Leaving Certificate Examination, 1904
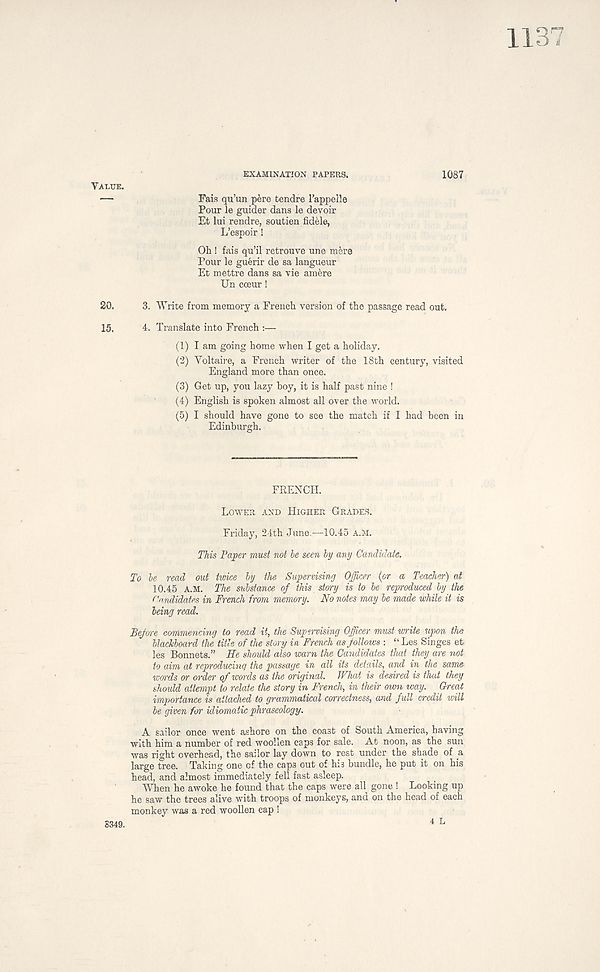
1137
EXAMINATION PAPERS.
Fais qu’un pere tendre I’appelle
Pour le guider dans le devoir
Et lui rendre, soutien fiddle,
L’espoir!
Oh ! fais qu’il retrouve une m6re
Pour le guerir de sa langueur
Et mettre dans sa vie amere
Un coeur!
1087
20.
3. Write from memory a French version of the passage read out.
15.
4. Translate into French :—
(1) I am going home when I get a holiday.
(2) Voltaire, a French writer of the 18th century, visited
England more than once.
(3) Get up, you lazy boy, it is half past nine !
(4) English is spoken almost all over the world.
(5) I should have gone to see the match if I had been in
Edinburgh.
FRENCH.
LOWER AND HIGHER GRADES.
Friday, 24th June.—10.45 A.M.
This Paper must not le seen by any Candidate.
To he read out twice by the Supervising Officer (or a Teacher) at
10.45 A.M. The substance of this story is to be reproduced by the
Candidates in French from memory. No notes may be made while it is
being read.
Before commencing to read it, the Supervising Officer must write upon the
blackboard the title of the story in French as follows : “ Les Singes et.
les Bonnets.” He should also warn the Candidates that they are not
to aim at reproducing the passage in all its details, and m the same
wards or order of words as the original. What is desired is that they
should attempt to relate the story in French, in their own way. Great
importance is attached to grammatical correctness, and full credit will
be given for idiomatic phraseology.
A sailor once went ashore on the coast of South America, having
with him a number of red woollen caps for sale. At noon, as the sun
was right overhead, the sailor lay down to rest under the shade of a
large tree. Taking one of the caps out of his bundle, he put it on his
head, and almost immediately fell fast asleep.
When he awoke he found that the caps were all gone ! Looking up
he saw the trees alive with troops of monkeys, and on the head of each
monkey was a red woollen cap !
4 L
8349.